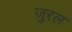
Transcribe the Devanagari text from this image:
जुरल